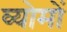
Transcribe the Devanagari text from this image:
व्योमों